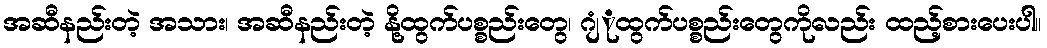
အဆီနည်းတဲ့ အသား၊ အဆီနည်းတဲ့ နို့ထွက်ပစ္စည်းတွေ၊ ဂျံုထွက်ပစ္စည်းတွေကိုလည်း ထည့်စားပေးပါ။